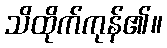
သိထိုက်ကုန်၏။